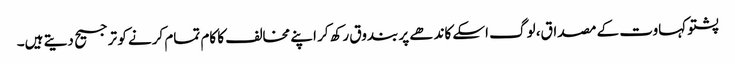
پشتو کہاوت کے مصداق، لوگ اسکے کاندھے پر بندوق رکھ کر اپنے مخالف کا کام تمام کرنے کو ترجیح دیتے ہیں۔